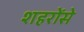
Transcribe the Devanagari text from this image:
शहरोंसे